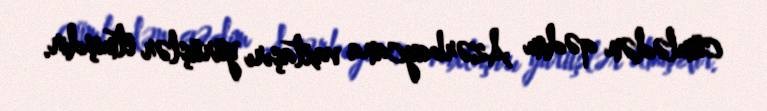
cümlədən qədim Azərbaycana vaxtaşırı yürüşlər etmişdir.